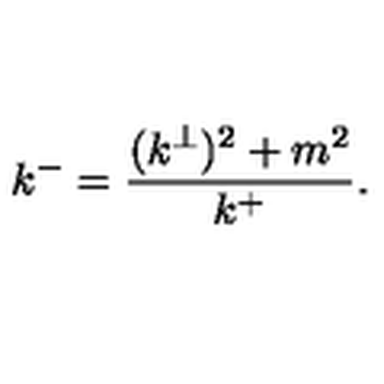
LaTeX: k ^ { - } = \frac { ( k ^ { \perp } ) ^ { 2 } + m ^ { 2 } } { k ^ { + } } .